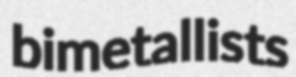
bimetallists